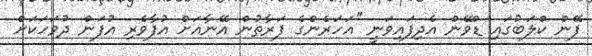
ފޭން ކްލަބުގައި ޑްވޭން އެދިފައިވަނީ ''އަހަރެންގެ ފަރާތުން އޭނާއަށް އުފާވެރި އުފަން ދުވަހަކަށް